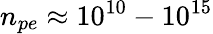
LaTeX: n_{pe}\approx 10^{10}-10^{15}